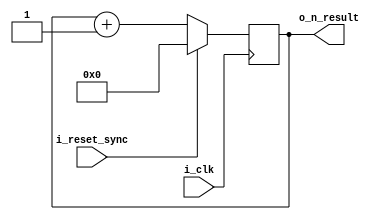
module counter_sync_reset(
  i_clk,
  o_n_result,
  i_reset_sync
);

  parameter WIDTH = 12;
  // max value of 1303 will need at least 11 bits

  input wire i_clk;
  output reg [WIDTH-1:0] o_n_result;
  input wire i_reset_sync;

  always @( posedge i_clk ) begin
    if( i_reset_sync ) begin
      o_n_result = {WIDTH{1'b0}};
    end else begin
      o_n_result = o_n_result + 1;
    end
  end

endmodule // counter_sync_reset